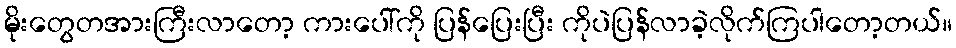
မိုးတွေတအားကြီးလာတော့ ကားပေါ်ကို ပြန်ပြေးပြီး ကိုပဲပြန်လာခဲ့လိုက်ကြပါတော့တယ်။